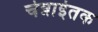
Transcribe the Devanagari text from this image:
चेन्नाईतक